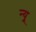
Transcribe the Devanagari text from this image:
न्यू़